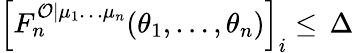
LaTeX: \left[F_{n}^{\mathcal{O}|\mu_{1}\ldots\mu_{n}}(\theta_{1},\ldots,\theta_{n})\right]_{i}\leq\, \Delta